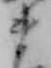
ま